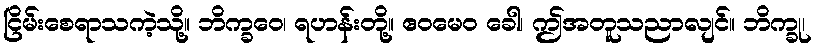
ငြိမ်းစေရာသကဲ့သို့။ ဘိက္ခဝေ၊ ရဟန်းတို့။ ဧဝမေဝ ခေါ၊ ဤအတူသညာလျင်။ ဘိက္ခု၊